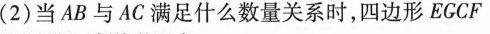
(2)当AB与AC满足什么数量关系时，四边形ECCF